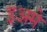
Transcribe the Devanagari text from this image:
इअमे